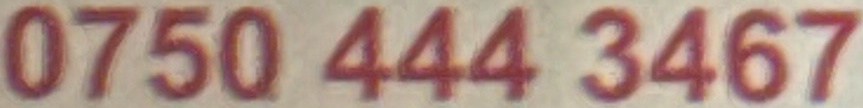
0750 444 3467